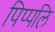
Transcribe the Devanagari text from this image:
पिप्पलि